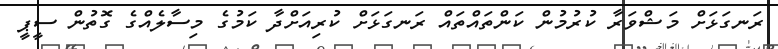
ރަނގަޅަށް މަޝްވަރާ ކުރުމުން ކަންތައްތައް ރަނގަޅަށް ކުރިއަށްދާ ކަމުގެ މިސާލެއްގެ ގޮތުން ސީޕީ